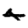
Digit: 4